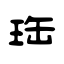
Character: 珤